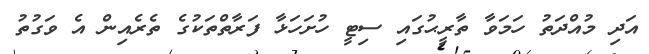
އަދި މުއްދަތު ހަމަވާ ތާރީޙުގައި ސިޓީ ހުށަހަޅާ ފަރާތްތަކުގެ ތެރެއިން އެ ވަގުތު